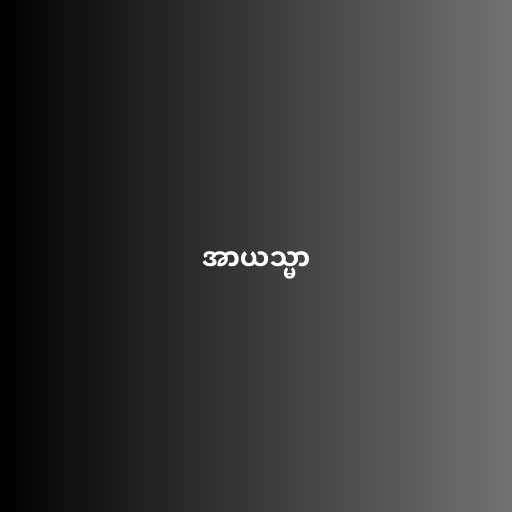
အာယသ္မာ